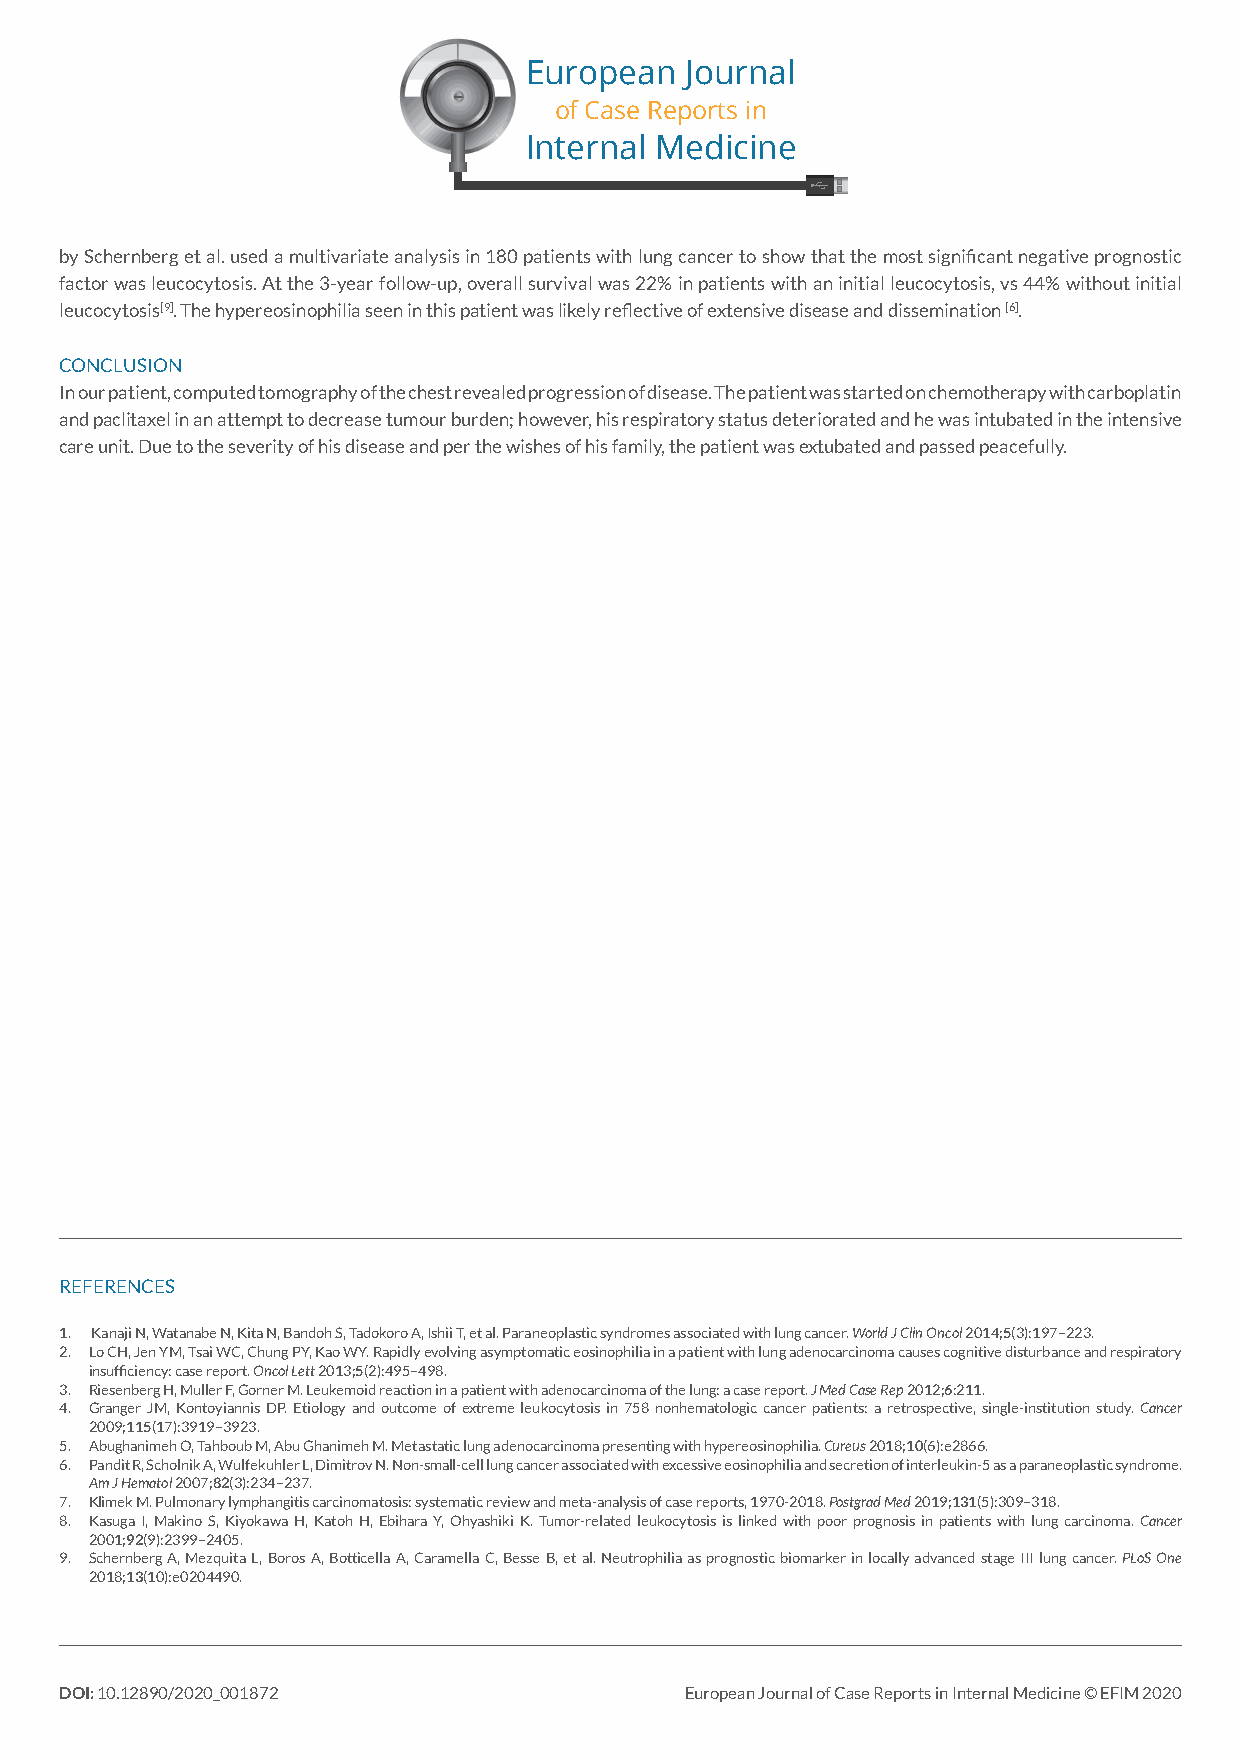
European  Journal
 of Case Reports in
 Internal Medicine
 by Schernberg et al. used a multivariate analysis in 180 patients with lung cancer to show that the most significant negative prognostic
 factor was leucocytosis. At the 3-year follow-up, overall survival was 22% in patients with an initial leucocytosis, vs 44% without initial
 leucocytosis[9]. The hypereosinophilia seen in this patient was likely reflective of extensive disease and dissemination [6].
 CONCLUSION
 In our patient, computed tomography of the chest revealed progression of disease. The patient was started on chemotherapy with carboplatin
 and paclitaxel in an attempt to decrease tumour burden; however, his respiratory status deteriorated and he was intubated in the intensive
 care unit. Due to the severity of his disease and per the wishes of his family, the patient was extubated and passed peacefully.
 REFERENCES
 1. Kanaji N, Watanabe N, Kita N, Bandoh S, Tadokoro A, Ishii T, et al. Paraneoplastic syndromes associated with lung cancer. World J Clin Oncol 2014;5(3):197–223.
 2. Lo CH, Jen YM, Tsai WC, Chung PY, Kao WY. Rapidly evolving asymptomatic eosinophilia in a patient with lung adenocarcinoma causes cognitive disturbance and respiratory
 insufficiency: case report. Oncol Lett 2013;5(2):495–498.
 3. Riesenberg H, Muller F, Gorner M. Leukemoid reaction in a patient with adenocarcinoma of the lung: a case report. J Med Case Rep 2012;6:211.
 4. Granger JM, Kontoyiannis DP. Etiology and outcome of extreme leukocytosis in 758 nonhematologic cancer patients: a retrospective, single-institution study. Cancer
 2009;115(17):3919–3923.
 5. Abughanimeh O, Tahboub M, Abu Ghanimeh M. Metastatic lung adenocarcinoma presenting with hypereosinophilia. Cureus 2018;10(6):e2866.
 6. Pandit R, Scholnik A, Wulfekuhler L, Dimitrov N. Non-small-cell lung cancer associated with excessive eosinophilia and secretion of interleukin-5 as a paraneoplastic syndrome.
 Am J Hematol 2007;82(3):234–237.
 7. Klimek M. Pulmonary lymphangitis carcinomatosis: systematic review and meta-analysis of case reports, 1970-2018. Postgrad Med 2019;131(5):309–318.
 8. Kasuga I, Makino S, Kiyokawa H, Katoh H, Ebihara Y, Ohyashiki K. Tumor-related leukocytosis is linked with poor prognosis in patients with lung carcinoma. Cancer
 2001;92(9):2399–2405.
 9. Schernberg A, Mezquita L, Boros A, Botticella A, Caramella C, Besse B, et al. Neutrophilia as prognostic biomarker in locally advanced stage III lung cancer. PLoS One
 2018;13(10):e0204490.
 DOI: 10.12890/2020_001872                European Journal of Case Reports in Internal Medicine © EFIM 2020